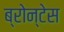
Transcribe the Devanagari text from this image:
ब्रोन्टेस